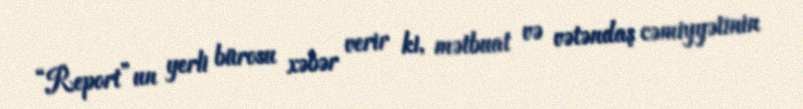
“Report”un yerli bürosu xəbər verir ki, mətbuat və vətəndaş cəmiyyətinin